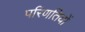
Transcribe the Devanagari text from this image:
परिणतियों